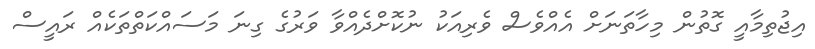
އިޖުތިމާއީ ގޮތުން މިހާތަނަށް އެއްވެސް ވެރިއަކު ނުކޮށްދެއްވާ ވަރުގެ ގިނަ މަސައްކަތްތަކެއް ރައީސް